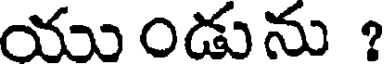
యు ౦డును ?